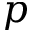
p